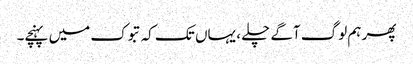
پھر ہم لوگ آگے چلے ، یہاں تک کہ تبوک میں پہنچے۔